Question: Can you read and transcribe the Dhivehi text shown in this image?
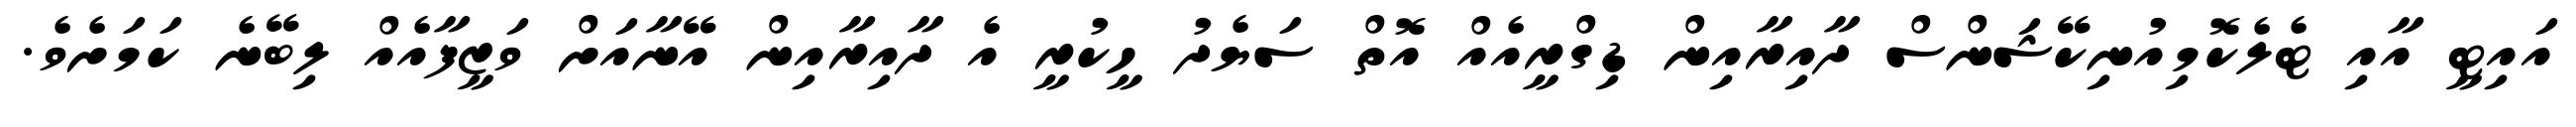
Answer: އައިޓީ އާއި ޓެލެކޮމިއުނިކޭޝަންސް ދާއިރާއިން ޑިގްރީއެއް އޮތް ސަޔެދު ހީކުރީ އެ ދާއިރާއިން އޭނާއަށް ވަޒީފާއެއް ލިބޭނެ ކަމަށެވެ.